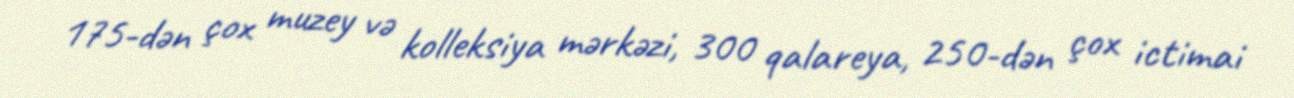
175-dən çox muzey və kolleksiya mərkəzi, 300 qalareya, 250-dən çox ictimai